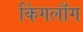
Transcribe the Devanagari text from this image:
किंगलाँग